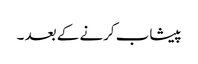
پیشاب کرنے کے بعد ۔